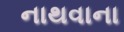
નાથવાના